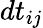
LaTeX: dt_{ij}